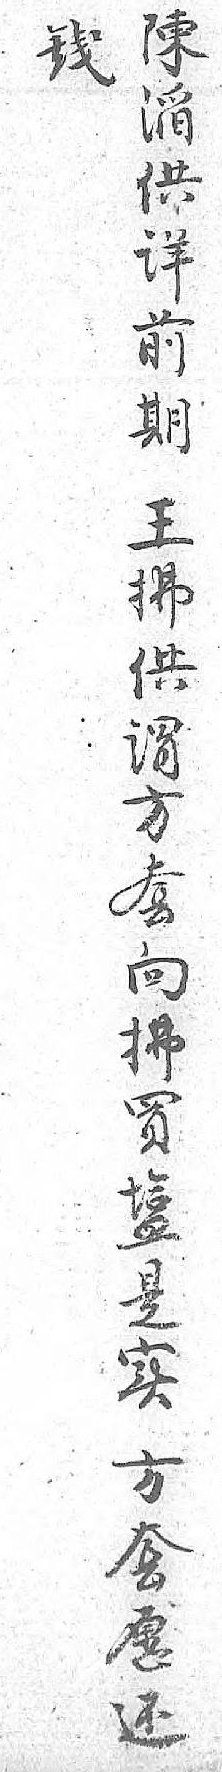
陳錢㴞 供 详 前 期 王 拂 供 谓 方 套 向 拂 買 𥂁 是 实 方 套 愿 还